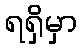
ရရှိမှာ